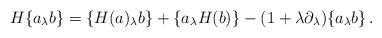
LaTeX: \begin{align*}H\{a_\lambda b\}=\{H(a)_\lambda b\}+\{a_\lambda H(b)\}-(1+\lambda\partial_\lambda)\{a_\lambda b\}\,.\end{align*}